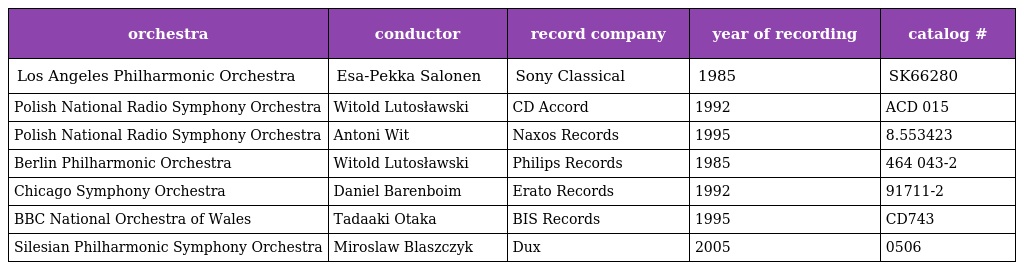
| orchestra | conductor | record company | year of recording | catalog # |
 | --- | --- | --- | --- | --- |
 | Los Angeles Philharmonic Orchestra | Esa-Pekka Salonen | Sony Classical | 1985 | SK66280 |
 | Polish National Radio Symphony Orchestra | Witold Lutosławski | CD Accord | 1992 | ACD 015 |
 | Polish National Radio Symphony Orchestra | Antoni Wit | Naxos Records | 1995 | 8.553423 |
 | Berlin Philharmonic Orchestra | Witold Lutosławski | Philips Records | 1985 | 464 043-2 |
 | Chicago Symphony Orchestra | Daniel Barenboim | Erato Records | 1992 | 91711-2 |
 | BBC National Orchestra of Wales | Tadaaki Otaka | BIS Records | 1995 | CD743 |
 | Silesian Philharmonic Symphony Orchestra | Miroslaw Blaszczyk | Dux | 2005 | 0506 |